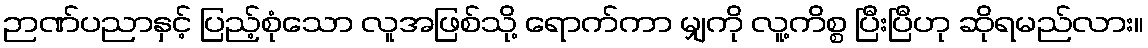
ဉာဏ်ပညာနှင့် ပြည့်စုံသော လူအဖြစ်သို့ ရောက်ကာ မျှကို လူ့ကိစ္စ ပြီးပြီဟု ဆိုရမည်လား။